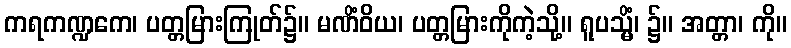
ကရကဏ္ဍကေ၊ ပတ္တမြားကြုတ်၌။ မဏိံဝိယ၊ ပတ္တမြားကိုကဲ့သို့။ ရူပသ္မိံ၊ ၌။ အတ္တာ၊ ကို။